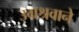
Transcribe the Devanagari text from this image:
उग्रश्रवाने